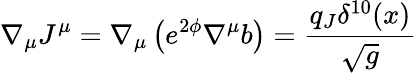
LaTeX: \nabla_{\mu}J^{\mu}=\nabla_{\mu}\left(e^{2\phi}\nabla^{\mu}b\right)=\frac{q_{J}\delta^{10}(x)}{\sqrt{g}}